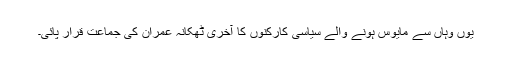
یوں وہاں سے مایوس ہونے والے سیاسی کارکنوں کا آخری ٹھکانہ عمران کی جماعت قرار پائی۔